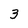
Character: 3